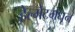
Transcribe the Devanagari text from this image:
हेल्मेटमधून